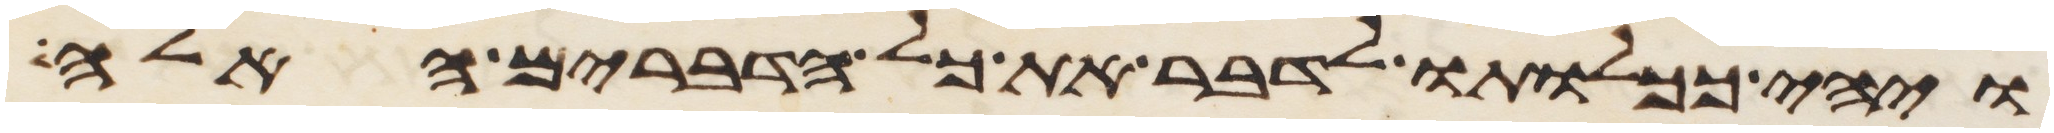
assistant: ויהי ככלותו לדבר את כל הדברים האלה